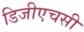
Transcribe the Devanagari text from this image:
डिजीएचसी